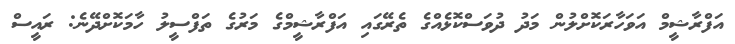
އަފްރާޝީމް އަވަހާރަކޮށްލުން މަދު ދުވަސްކޮޅެއްގެ ތެރޭގައި އަފްރާޝީމްގެ މަރުގެ ތަފްސީލު ހާމަކޮށްދޭނެ: ރައީސް